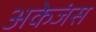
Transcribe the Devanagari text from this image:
अकेजंस